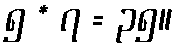
၅ * ၇ = ၃၅။